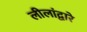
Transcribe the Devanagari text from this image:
लीलांद्वारे